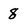
Character: 8